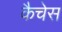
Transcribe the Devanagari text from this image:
कैचेस